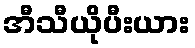
အီသီယိုပီးယား